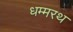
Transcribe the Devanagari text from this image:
धम्मरथ